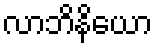
လာဘိနိယော